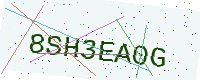
Text: 8SH3EA0G